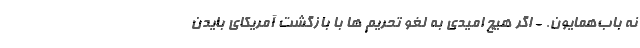
نه باب‌همایون. - اگر هیچ امیدی به لغو تحریم ها با بازگشت آمریکای بایدن